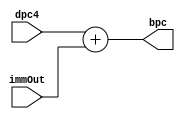
`timescale 1ns / 1ps
//////////////////////////////////////////////////////////////////////////////////
// Company: 
// Engineer: 
// 
// Design Name: 
// Module Name: ID_BranchProgramCounter
// Project Name: 
// Target Devices: 
// Tool Versions: 
// Description: 
// 
// Dependencies: 
// 
// Revision:
// Revision 0.01 - File Created
// Additional Comments:
// 
//////////////////////////////////////////////////////////////////////////////////


module ID_BranchProgramCounter(
    input [31:0] dpc4,
    input [31:0] immOut,
    output reg [31:0] bpc
    );
    
    always @ (*)
        begin
            bpc <= dpc4 + immOut;
        end
        
endmodule